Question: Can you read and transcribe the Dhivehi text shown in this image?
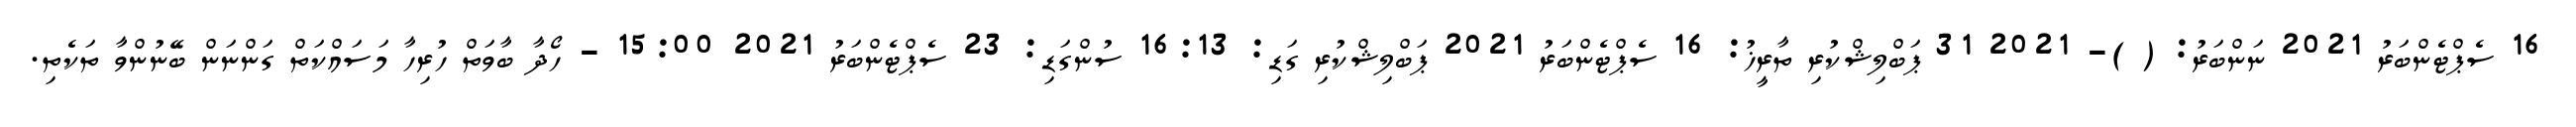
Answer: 16 ސެޕްޓެންބަރު 2021 ނަންބަރު: ( )- 2021 31 ޕަބްލިޝްކުރި ތާރީޚު: 16 ސެޕްޓެންބަރު 2021 ޕަބްލިޝްކުރި ގަޑި: 16:13 ސުންގަޑި: 23 ސެޕްޓެންބަރު 2021 15:00 - ހޯދާ ބާވަތް ހުރިހާ މަސައްކަތް ގަންނަން ބޭނުންވާ ތަކެތި.